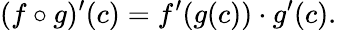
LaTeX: (f\circ g)^{\prime}(c)=f^{\prime}(g(c))\cdot g^{\prime}(c).